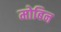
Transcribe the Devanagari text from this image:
मोबिन